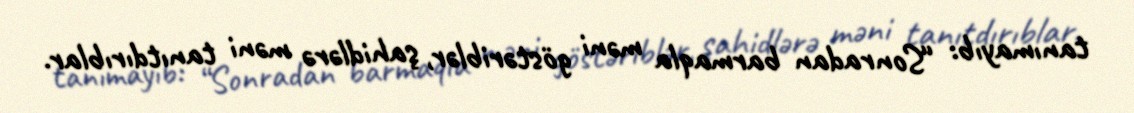
tanımayıb: “Sonradan barmaqla məni göstəriblər, şahidlərə məni tanıtdırıblar.